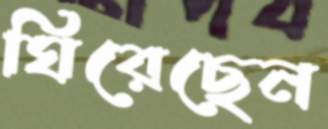
ঘিরেছেন